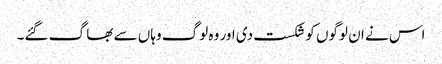
اس نے ان لوگوں کو شکست دی اور وہ لوگ وہاں سے بھا گ گئے۔